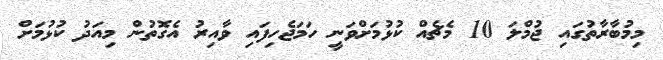
މިމުބާރާތުގައި ޖުމްލަ 10 މެޗެއް ކުޅުމަށްވަނީ ހަމަޖެހިފައި ވާއިރު އެގޮތުން މިއަދު ކުޅުމަށް